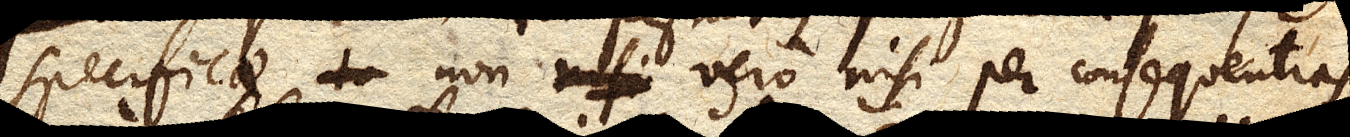
specificae non vero nisi per consequentias